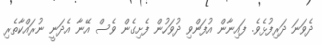
ދެވަނަ ދަރިފުޅެވެ. ފައިނާން އުފަންވި ދުވަހުން ފެށިގެން ވެސް އޭނާ އެދަނީ ނުރައްކާތެރި